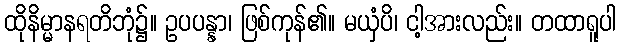
ထိုနိမ္မာနရတိဘုံ၌။ ဥပပန္နာ၊ ဖြစ်ကုန်၏။ မယှံပိ၊ ငါ့အားလည်း။ တထာရူပါ